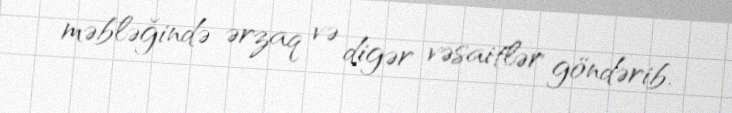
məbləğində ərzaq və digər vəsaitlər göndərib.